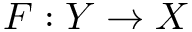
F : Y \rightarrow X